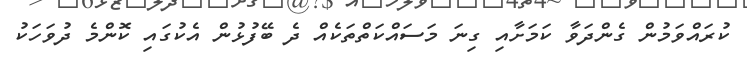
ކުރައްވަމުން ގެންދަވާ ކަމަށާއި ގިނަ މަސައްކަތްތަކެއް ދެ ބޭފުޅުން އެކުގައި ކޮންމެ ދުވަހަކު